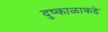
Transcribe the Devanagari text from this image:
दुष्काळाकडे